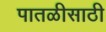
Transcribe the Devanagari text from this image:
पातळीसाठी